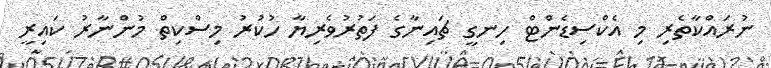
ނުރައްކާތެރި މި އެކްސިޑެންޓް ހިނގީ ޗައިނާގެ ފަތުރުވެރިޔާ ހުކުރު މިސްކިތް މުންނާރު ކައިރީ